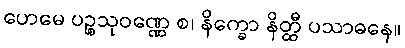
ဟေမေ ပဉ္စသုဝဏ္ဏေ စ၊ နိက္ခော နိတ္ထီ ပသာဓနေ။